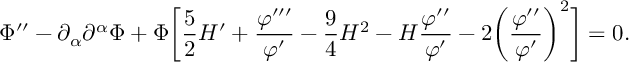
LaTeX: \Phi ^ { \prime \prime } - \partial _ { \alpha } \partial ^ { \alpha } \Phi + \Phi \biggl [ \frac { 5 } { 2 } { \cal H } ^ { \prime } + \frac { \varphi ^ { \prime \prime \prime } } { \varphi ^ { \prime } } - \frac { 9 } { 4 } { \cal H } ^ { 2 } - { \cal H } \frac { \varphi ^ { \prime \prime } } { \varphi ^ { \prime } } - 2 \biggl ( \frac { \varphi ^ { \prime \prime } } { \varphi ^ { \prime } } \biggr ) ^ { 2 } \biggr ] = 0 .